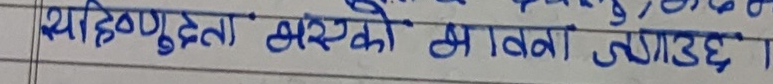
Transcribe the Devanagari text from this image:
थाहिण गुहेता बस्सको भावना नगाउढ ।